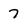
Character: 7